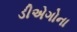
ડીએગોના